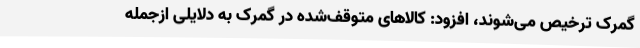
گمرک ترخیص می‌شوند، افزود: کالاهای متوقف‌شده در گمرک به دلایلی ازجمله